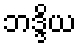
ဘဒ္ဒိယ